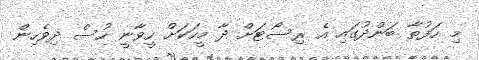
މި ހަފުތާ ބަންދުގައި އެ ރިސޯޓަށް ދާ މީހަކަށް ހީވާނީ ހުސް ދިވެހިން